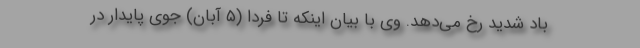
باد شدید رخ می‌دهد. وی با بیان اینکه تا فردا (۵ آبان) جوی پایدار در